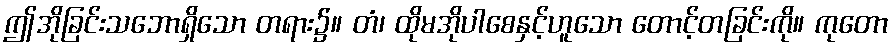
ဤအိုခြင်းသဘောရှိသော တရား၌။ တံ၊ ထိုမအိုပါစေနှင့်ဟူသော တောင့်တခြင်းကို။ ကုတော